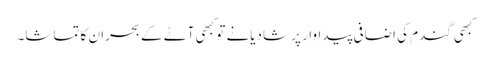
کبھی گندم کی اضافی پیداوار پر شادیانے تو کبھی آٹے کے بحران کا تماشا۔